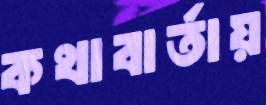
কথাবার্তায়